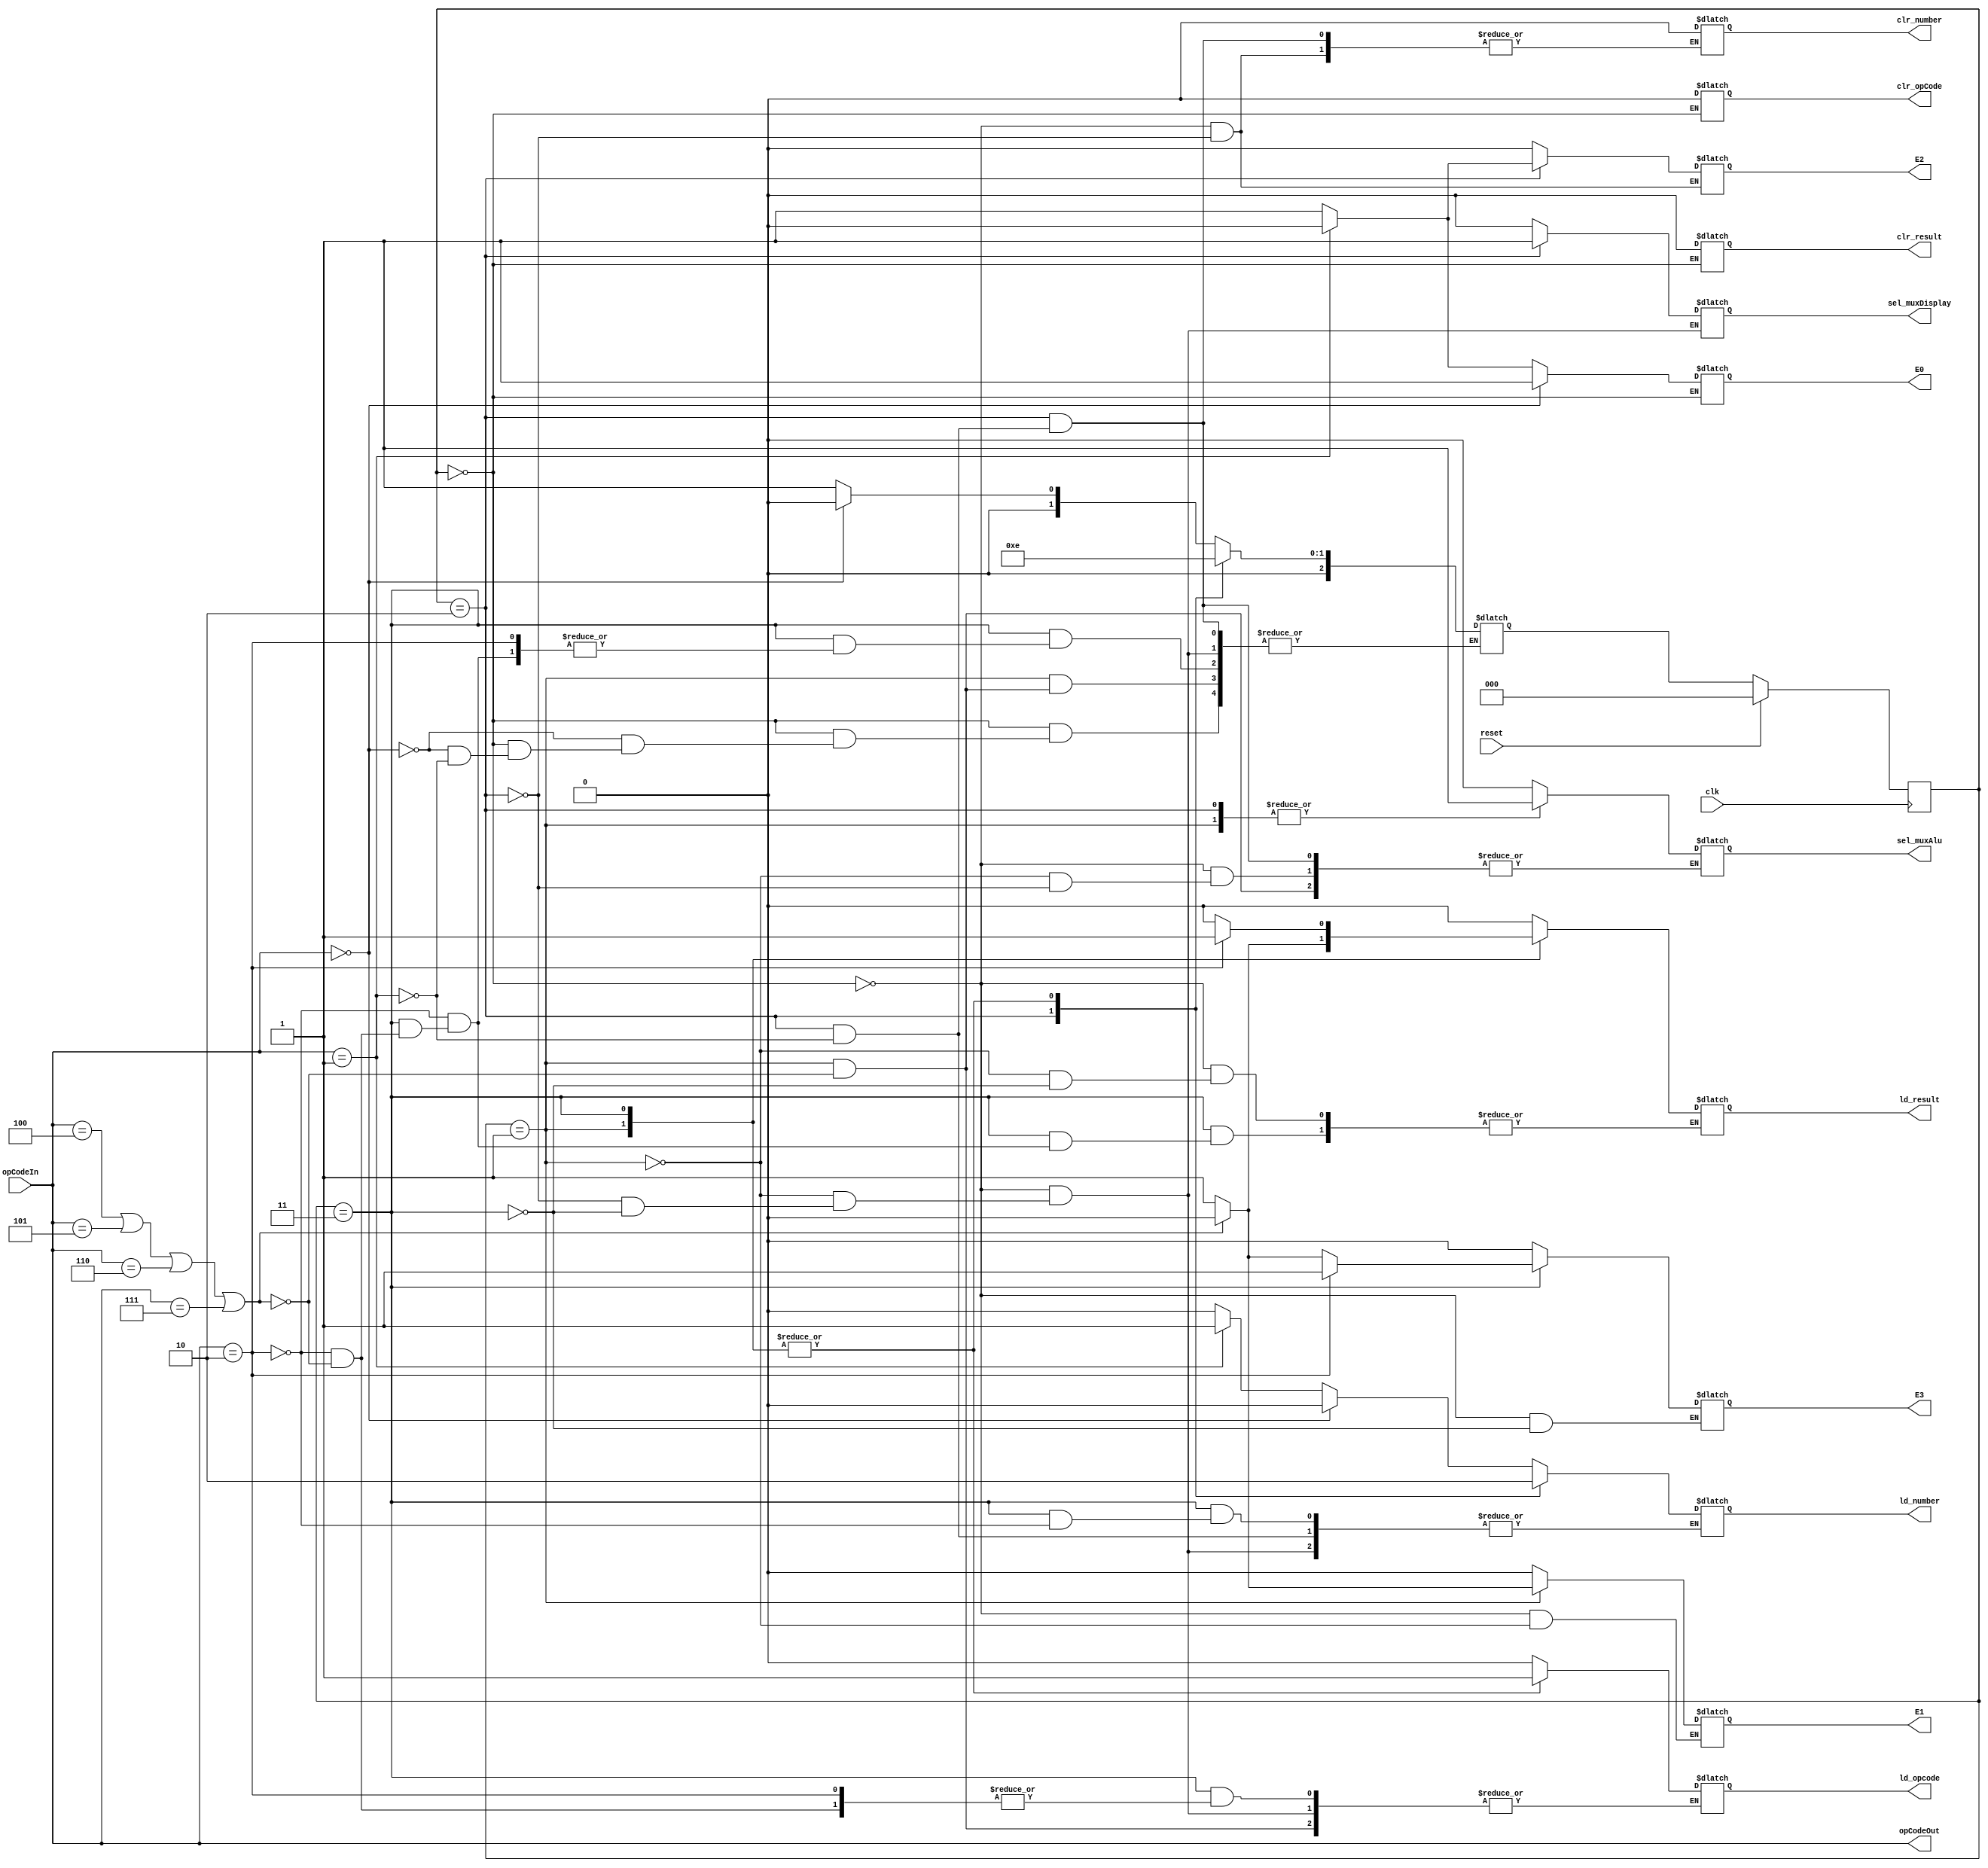
`timescale 1ns / 1ps

//FSM Module for ASM 
module FSM( clk, reset,opCodeIn ,opCodeOut, ld_number, clr_number,
            ld_opcode,clr_opCode, sel_muxAlu, ld_result, clr_result,
            sel_muxDisplay, E0, E1, E2, E3);

//inputs
input clk, reset;

//FSM OpCode
input [2:0] opCodeIn;

//outputs
output reg ld_number, clr_number, ld_opcode, ld_result,
           clr_result, sel_muxAlu, sel_muxDisplay, clr_opCode;

//dataPath Operation Code i/e the one it receives 
output reg [2:0] opCodeOut;

//State outputs
output reg E0,E1,E2,E3;

//Storing states
reg [2:0]state;
//Assigning states
reg [2:0] nextstate;

parameter S0 = 0; //when clear | Display the input Reg
parameter S1 = 1; //State 1
parameter S2 = 2; //State 2
parameter S3 = 3; //State 3


//Fire on positive Clk
always @(posedge clk)
    //if reset pressed, go to first state
    if(reset)
        state = S0;
     
    else //if not, continue in the other states
    state = nextstate;
      
always @ (*)begin
    //If opCodeIn changes, a change will also happen in opCodeOut
   opCodeOut = opCodeIn;
   
   //Verifying States
    case(state)
    //--------------------------------------state 0----------------------------------
    S0:begin
        //So I can see which state I am currently
        E0 = 1; E1 = 0; E2 = 0; E3 = 0;
        
        //Start everything in 0
        ld_number <= 0;
        clr_number <= 0;
        ld_opcode <= 0;
        ld_result <= 0;
        clr_result <= 0;
        sel_muxAlu <= 0;
        sel_muxDisplay <= 0;
        clr_opCode <= 0;
        
        //If opcode doesn't change, it stays the same
        if(opCodeOut == 3'b000)
             nextstate <= S0; 
        //if user enters a number
        else if(opCodeOut == 3'b001) 
            begin
                //load the number enter
                ld_number <= 1;
                   //go to the next state
                nextstate = S1;
                //close state 0 
                E0 = 0;                        
            end
        end
            
        //------------------state 1------------------------------
        S1:begin
     
            //display the current state
            E1 <= 1;

            //display the value enter (Si el este esta en 0 va a display lo que el usuario ingrese)
            sel_muxDisplay <= 0;
            
            //if user press enter cargarmos el numero en memorio (input register)
            if(opCodeOut == 3'b010);
            begin
                ld_number = 0; //load the new number into input reg
                ld_result = 1; //cargamos el numero dentro de AccRegister
            end        
            //si el usuario preciona un simbolo   
                if(opCodeOut == 3'b100 || opCodeOut == 3'b101 || opCodeOut == 3'b110 || opCodeOut == 3'b111)
                begin
                    ld_result <= 0; //va a dejar de cargar dentro de ACC register
                    sel_muxAlu <= 1; //El multiplexer al lado del ALU va a cargar lo que salga del ALu
                    ld_opcode <= 1; //Cargamos el opCode dentro del Multiplexer
                    nextstate = S2; //vamos al siguiente estado
                    E1 <= 0; // apagamos la visualizacion de este estado (S1)
                end
          
           
        end
        //--------------------state 2------------------------------
       S2:begin
            
            //prendemos la visualizacion 
            E2 <= 1;
            
            //display value of accRegister
            sel_muxDisplay <= 1;
            
            //if user press enter
            if(opCodeOut == 3'b010);   
                ld_opcode = 0; //Turn off the current OpCode
             
             //After user presses a number
              if(opCodeOut == 3'b001)
                 begin
                   ld_number <= 1; //cargamos ese numero dentro de input Register
                    sel_muxAlu = 1; //turn mux of the ALu on 1
                    clr_number = 1;#15; //Remove current number input while we load new one
                    clr_number = 0; //Turn off clear
                    nextstate = S3; //Go to state 3
                    E2 <= 0; //Shut off state
                 end
            
        end 
        //----------------------------state 3-----------------------------------------
       S3:begin
            
            //turn on this state
            E3 <= 1;
            
            //display the input reg
            sel_muxDisplay <= 0;
            
           //if user press enter
           if(opCodeOut == 3'b010)
              begin
                ld_number = 0; //dejamos de carga el numero              
                ld_result = 1; // cargamos el numero dentro de AccRegister
              end
               //if user press a simbol
               else if(opCodeOut == 3'b100 || opCodeOut == 3'b101 || opCodeOut == 3'b110 || opCodeOut == 3'b111)
                begin
                   ld_opcode <= 1; //load code inside OpReg
                   ld_result = 0; // Turn off so accRegister can save numbers
                   nextstate = S2; //Go to the next state
                   E3 <= 0; // Turn off current state
                end
           
          end
           
        endcase 
    end
endmodule